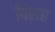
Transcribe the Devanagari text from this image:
विलप्त